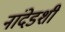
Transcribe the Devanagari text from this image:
नांदेडशी